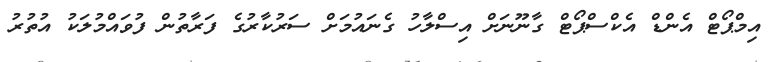
އިމްޕޯޓް އެންޑް އެކްސްޕޯޓް ގާނޫނަށް އިސްލާހު ގެނައުމަށް ސަރުކާރުގެ ފަރާތުން ފުވައްމުލަކު އުތުރު